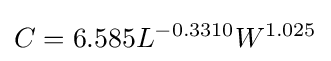
C=6.585L^{-0.3310}W^{1.025}